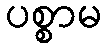
ပစ္စာမ